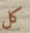
كل